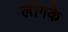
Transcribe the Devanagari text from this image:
लीगके